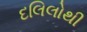
દલિલોથી